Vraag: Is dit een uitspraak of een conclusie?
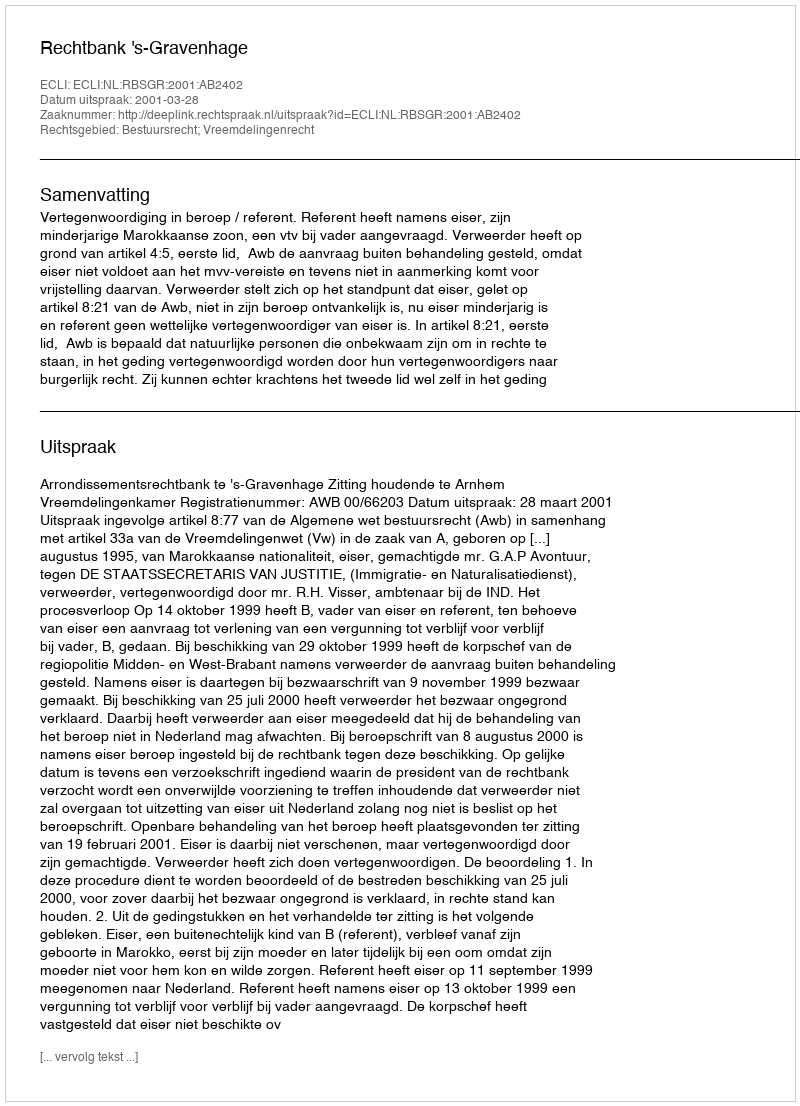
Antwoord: Uitspraak